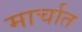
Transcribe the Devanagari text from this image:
मार्चात